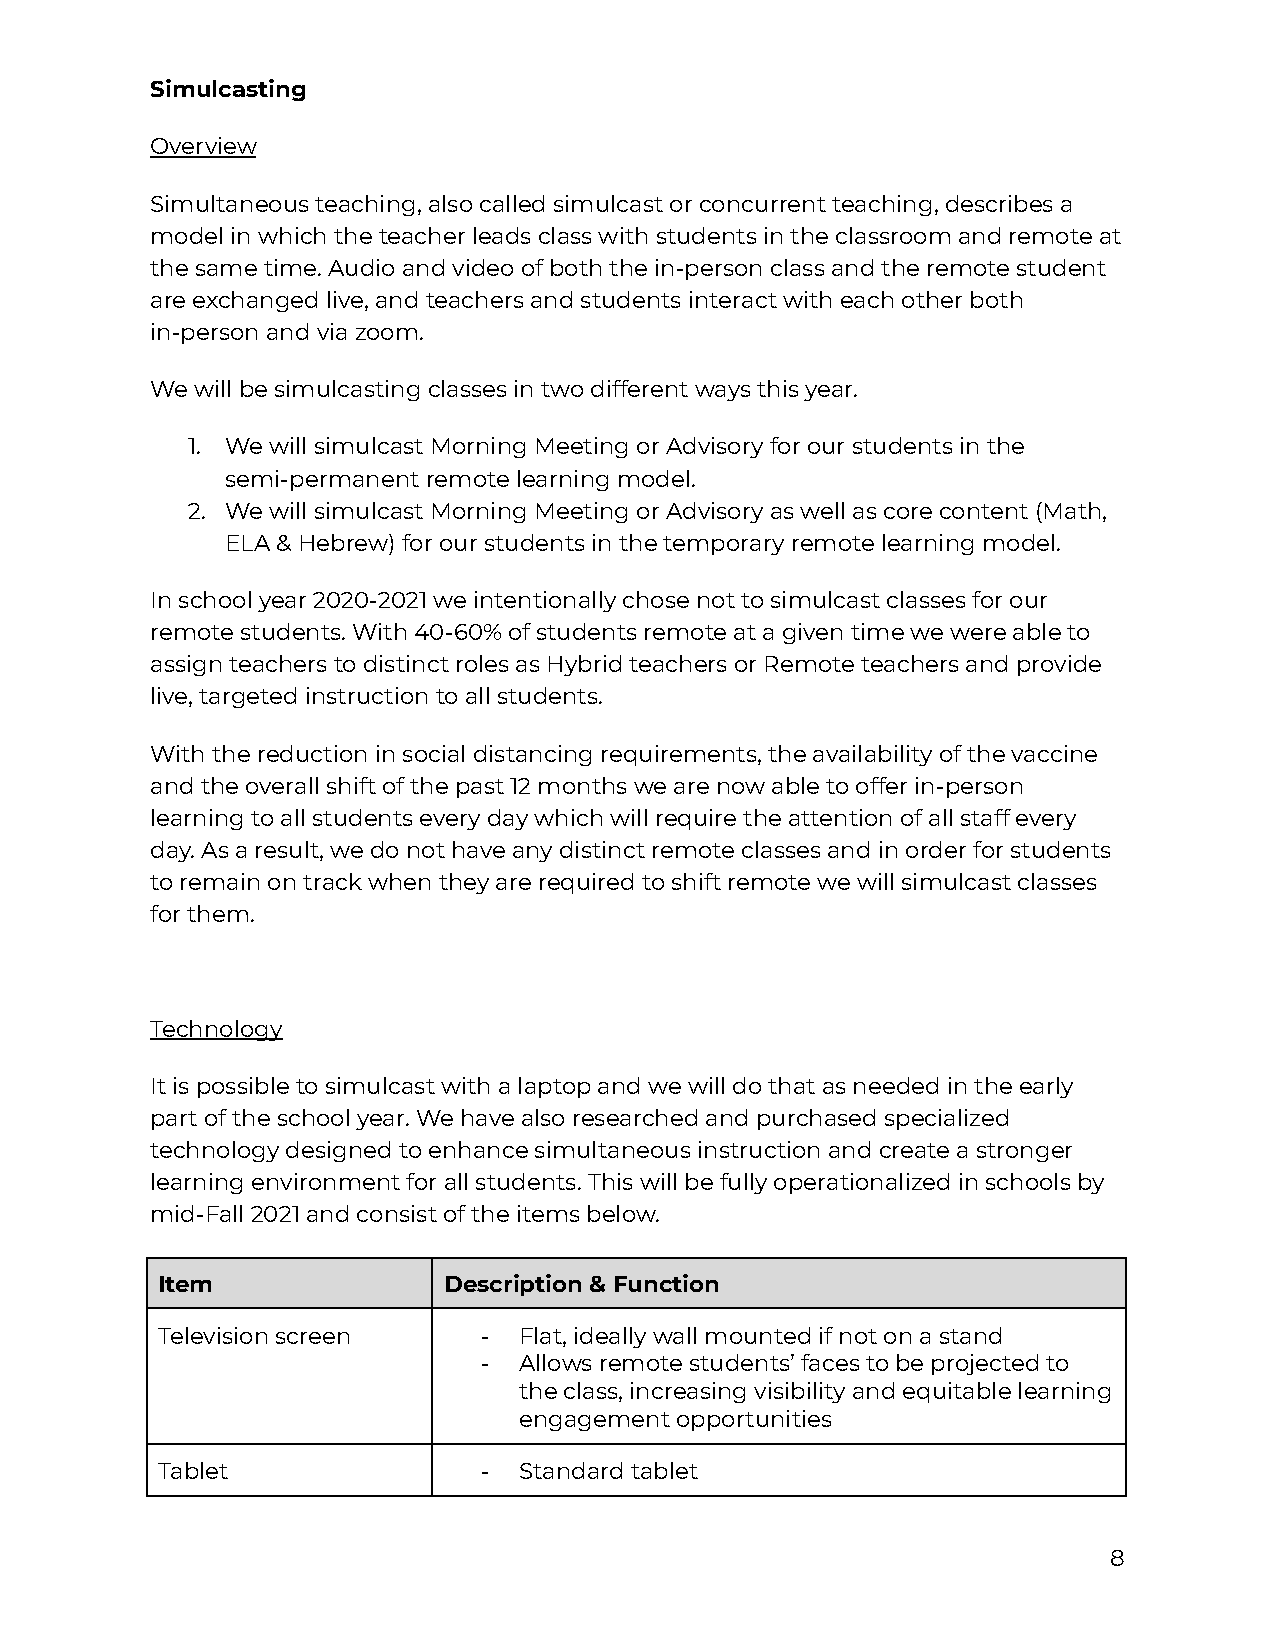
Simulcasting
 Overview
 Simultaneous teaching, also called simulcast or concurrent teaching, describes a
 model in which the teacher leads class with students in the classroom and remote at
 the same time. Audio and video of both the in-person class and the remote student
 are exchanged live, and teachers and students interact with each other both
 in-person and via zoom.
 We will be simulcasting classes in two different ways this year.
 1. We will simulcast Morning Meeting or Advisory for our students in the
 semi-permanent remote learning model.
 2. We will simulcast Morning Meeting or Advisory as well as core content (Math,
 ELA & Hebrew) for our students in the temporary remote learning model.
 In school year 2020-2021 we intentionally chose not to simulcast classes for our
 remote students. With 40-60% of students remote at a given time we were able to
 assign teachers to distinct roles as Hybrid teachers or Remote teachers and provide
 live, targeted instruction to all students.
 With the reduction in social distancing requirements, the availability of the vaccine
 and the overall shift of the past 12 months we are now able to offer in-person
 learning to all students every day which will require the attention of all staff every
 day. As a result, we do not have any distinct remote classes and in order for students
 to remain on track when they are required to shift remote we will simulcast classes
 for them.
 Technology
 It is possible to simulcast with a laptop and we will do that as needed in the early
 part of the school year. We have also researched and purchased specialized
 technology designed to enhance simultaneous instruction and create a stronger
 learning environment for all students. This will be fully operationalized in schools by
 mid-Fall 2021 and consist of the items below.
 Item               Description & Function
 Television screen     - Flat, ideally wall mounted if not on a stand
 - Allows remote students’ faces to be projected to
 the class, increasing visibility and equitable learning
 engagement opportunities
 Tablet                - Standard tablet
 8